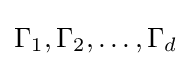
\Gamma _{1},\Gamma _{2},\ldots ,\Gamma _{d}